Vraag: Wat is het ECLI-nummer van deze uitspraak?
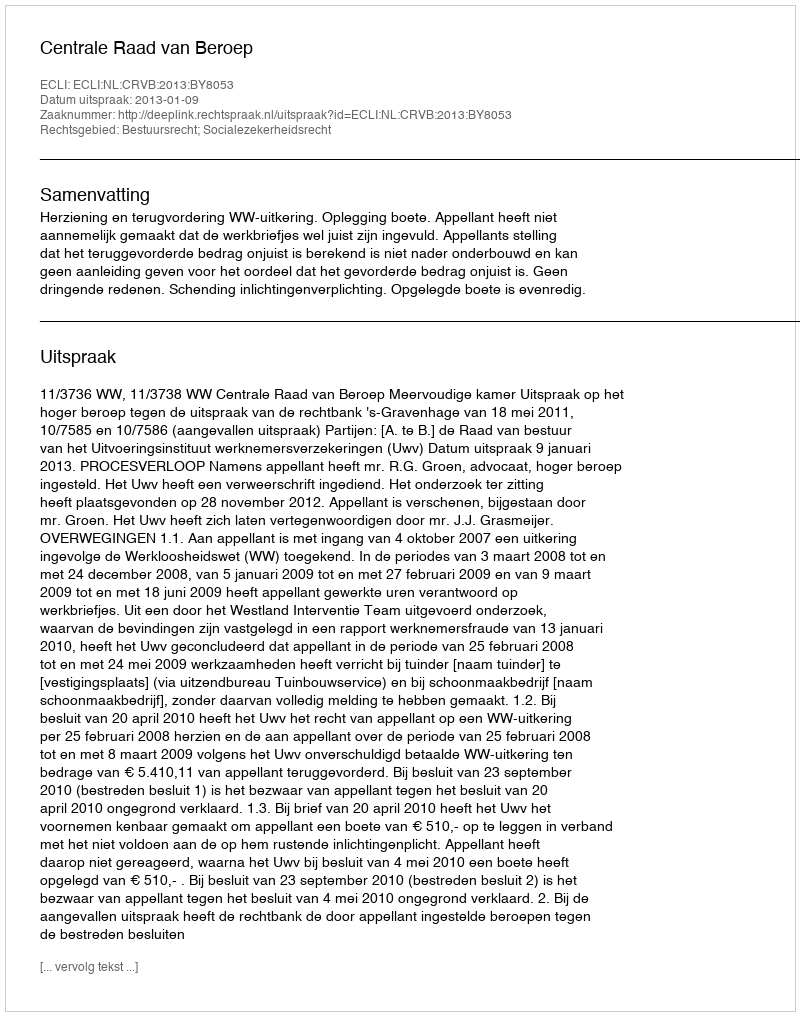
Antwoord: ECLI:NL:CRVB:2013:BY8053